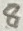
Text: 8